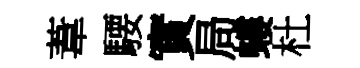
葦騕實局螻杜